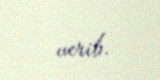
verib.